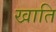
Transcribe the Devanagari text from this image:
खाति